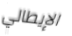
الإيطالي